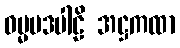
ဓမ္မပဒပါဠိ အဋ္ဌကထာ